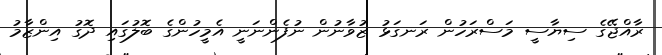
ރާއްޖޭގެ ސިޔާސީ މަސްރަހުން ރަނގަަޅު ޒުވާނުން ނުފެންނަނީ އެމީހުންގެ ބޮލުގައި ދޮގު އިންޒާމު